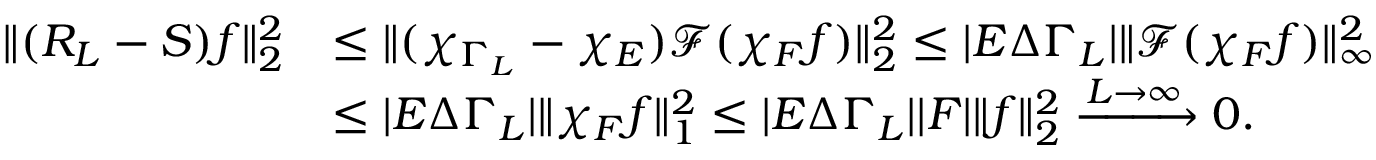
\begin{array} { r l } { \| ( R _ { L } - S ) f \| _ { 2 } ^ { 2 } } & { \le \| ( \chi _ { \Gamma _ { L } } - \chi _ { E } ) \mathcal { F } ( \chi _ { F } f ) \| _ { 2 } ^ { 2 } \le | E \Delta \Gamma _ { L } | \| \mathcal { F } ( \chi _ { F } f ) \| _ { \infty } ^ { 2 } } \\ & { \le | E \Delta \Gamma _ { L } | \| \chi _ { F } f \| _ { 1 } ^ { 2 } \le | E \Delta \Gamma _ { L } | | F | \| f \| _ { 2 } ^ { 2 } \xrightarrow { L \to \infty } 0 . } \end{array}